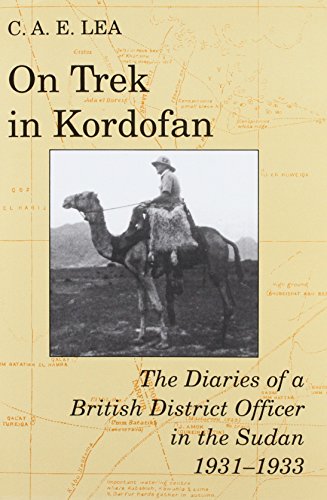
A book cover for On Trek in Kordofan: The Diaries of a British District Officer in the Sudan 1931-1933 (Oriental and African Archives); Cyril Alexander Edward Lea; Biographies & Memoirs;